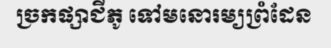
ច្រកផ្សាជីភូ ទៅមនោរម្យព្រំដែន